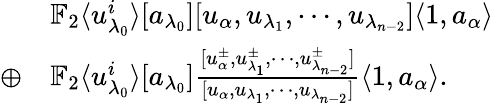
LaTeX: \begin{array}{rl}&{\mathbb{F}_{2}\langle u_{\lambda_{0}}^{i}\rangle[a_{\lambda_{0}}][u_{\alpha},u_{\lambda_{1}},\cdots,u_{\lambda_{n-2}}]\langle 1,a_{\alpha}\rangle}\\ {\oplus}&{\mathbb{F}_{2}\langle u_{\lambda_{0}}^{i}\rangle[a_{\lambda_{0}}]\frac{[u_{\alpha}^{\pm},u_{\lambda_{1}}^{\pm},\cdots,u_{\lambda_{n-2}}^{\pm}]}{[u_{\alpha},u_{\lambda_{1}},\cdots,u_{\lambda_{n-2}}]}\langle 1,a_{\alpha}\rangle.}\end{array}